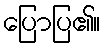
ပြောပြ၏။